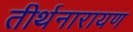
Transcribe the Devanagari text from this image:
तीर्थनारायण